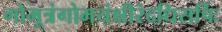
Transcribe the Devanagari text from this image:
गोमूत्रंगोमयंक्षीरंदधिसर्पिः